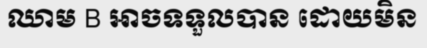
ឈាម B អាចទទួលបាន ដោយមិន